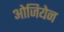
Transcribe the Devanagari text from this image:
ओजियेन